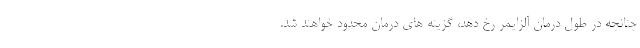
چنانچه در طول درمان آلزایمر رخ دهد، گزینه های درمان محدود خواهند شد.